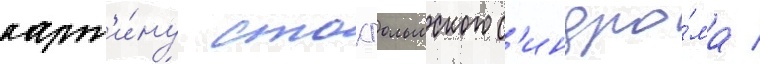
карт'и́ну стокгольмского с'индро́ма /